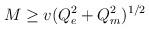
LaTeX: \begin{align*}M \ge v (Q_e^2+Q_m^2)^{1/2}\end{align*}